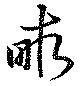
畮